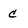
Character: c